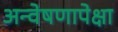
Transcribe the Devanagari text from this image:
अन्वेषणापेक्षा